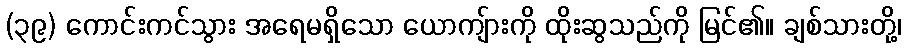
(၃၉) ကောင်းကင်သွား အရေမရှိသော ယောကျ်ားကို ထိုးဆွသည်ကို မြင်၏။ ချစ်သားတို့၊